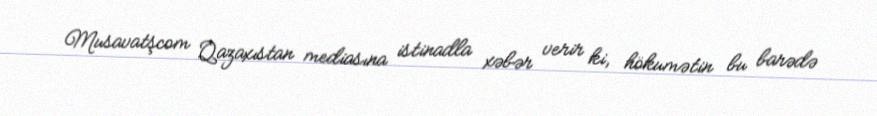
Musavatşcom Qazaxıstan mediasına istinadla xəbər verir ki, hökumətin bu barədə